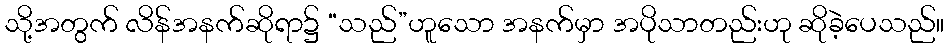
သို့အတွက် လိန်အနက်ဆိုရာ၌ “သည်”ဟူသော အနက်မှာ အပိုသာတည်းဟု ဆိုခဲ့ပေသည်။